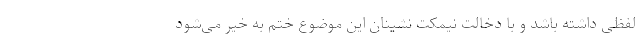
لفظی داشته باشد و با دخالت نیمکت نشینان این موضوع ختم به خیر می‌شود